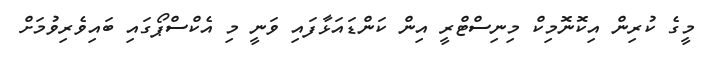
މީގެ ކުރިން އިކޮނޮމިކް މިނިސްޓްރީ އިން ކަންޑައަޅާފައި ވަނީ މި އެކްސްޕޯގައި ބައިވެރިވުމަށް